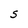
Character: S